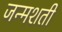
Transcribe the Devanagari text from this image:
जन्‍मशती